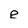
Character: e